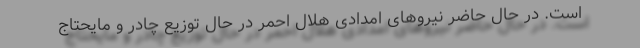
است. در حال حاضر نیروهای امدادی هلال احمر در حال توزیع چادر و مایحتاج